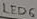
Text: LED6